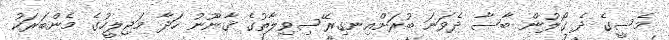
މެސީގެ ދެ ގޯލުން ބާސާ ދެވަނަ ބުރަށްއިނގިރޭސިވިލާތުގެ ޤާނޫނު ހަދާ މަޖިލީހުގެ މެންބަރަކު